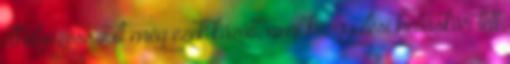
elhelyezése volt még ezek között, ami közgyűlési hatáskör lett